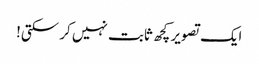
ایک تصویر کچھ ثابت نہیں کر سکتی!